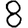
Digit: 8